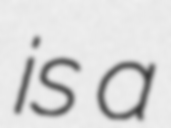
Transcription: is a